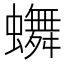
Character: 𬠴